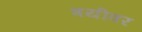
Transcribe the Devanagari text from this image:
त्रयीवर